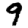
Digit: 9